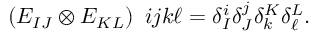
\begin{array} { l } { { ( E _ { I J } \otimes E _ { K L } ) } } \end{array} { i j } { k \ell } = \delta _ { I } ^ { i } \delta _ { J } ^ { j } \delta _ { k } ^ { K } \delta _ { \ell } ^ { L } .